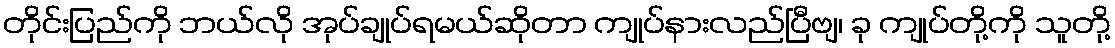
တိုင်းပြည်ကို ဘယ်လို အုပ်ချုပ်ရမယ်ဆိုတာ ကျုပ်နားလည်ပြီဗျ၊ ခု ကျုပ်တို့ကို သူတို့